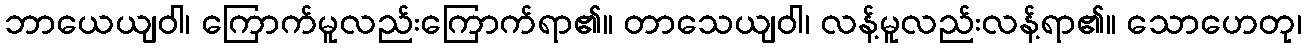
ဘာယေယျဝါ၊ ကြောက်မူလည်းကြောက်ရာ၏။ တာသေယျဝါ၊ လန့်မူလည်းလန့်ရာ၏။ သောဟေတု၊